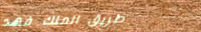
طريق الملك فهد